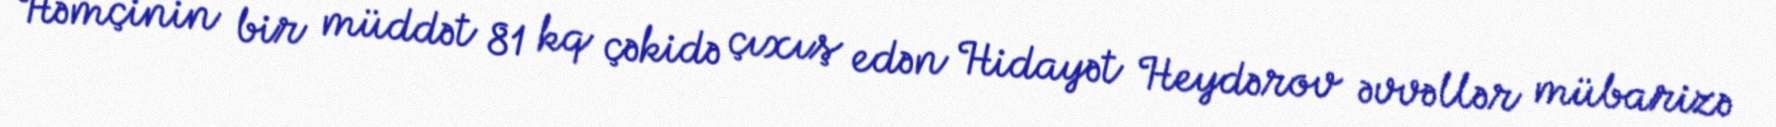
Həmçinin bir müddət 81 kq çəkidə çıxış edən Hidayət Heydərov əvvəllər mübarizə